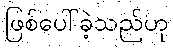
ဖြစ်ပေါ်ခဲ့သည်ဟု